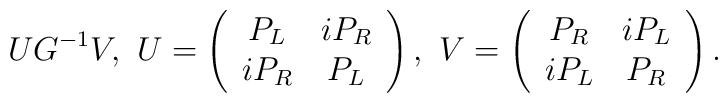
U G^{-1}V, \, \,U=\left(\begin{array}{cc}P_L & iP_R \\i P_R & P_L\end{array}\right),\,\, V=\left(\begin{array}{cc}P_R & iP_L \\i P_L & P_R\end{array}\right).